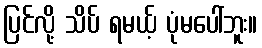
ပြင်လို့ သိပ် ရမယ့် ပုံမပေါ်ဘူး။